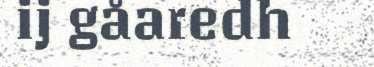
ij gåaredh